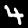
Digit: 4